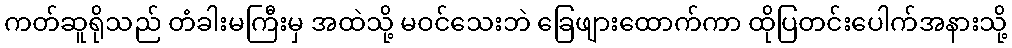
ကတ်ဆူရိုသည် တံခါးမကြီးမှ အထဲသို့ မဝင်သေးဘဲ ခြေဖျားထောက်ကာ ထိုပြတင်းပေါက်အနားသို့